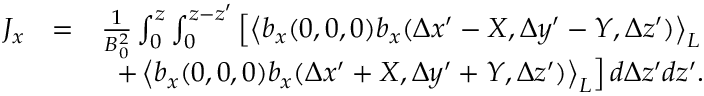
\begin{array} { r l r } { J _ { x } } & { = } & { \frac { 1 } { B _ { 0 } ^ { 2 } } \int _ { 0 } ^ { z } \int _ { 0 } ^ { z - z ^ { \prime } } \left[ \left\langle b _ { x } ( 0 , 0 , 0 ) b _ { x } ( \Delta x ^ { \prime } - X , \Delta y ^ { \prime } - Y , \Delta z ^ { \prime } ) \right\rangle _ { L } \right. } \\ & { } & { \left. + \left\langle b _ { x } ( 0 , 0 , 0 ) b _ { x } ( \Delta x ^ { \prime } + X , \Delta y ^ { \prime } + Y , \Delta z ^ { \prime } ) \right\rangle _ { L } \right] d \Delta z ^ { \prime } d { z } ^ { \prime } . } \end{array}